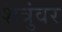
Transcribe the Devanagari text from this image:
शत्रुंवर